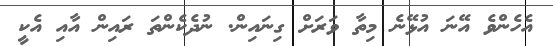
އެހެންވެ އޭނަ އުޅޭނެ މިތާ ވަރަށް ގިނައިން. ނުދެކެންތަ ރައިން އާއި އެކީ